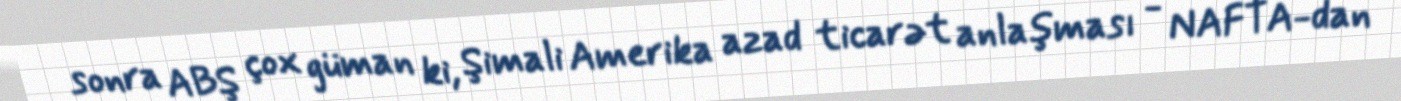
sonra ABŞ çox güman ki, Şimali Amerika azad ticarət anlaşması - NAFTA-dan